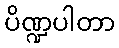
ပိဏ္ဍပါတာ